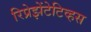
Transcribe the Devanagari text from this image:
रिप्रेझेंटेटिव्हस